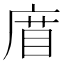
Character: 𢉧